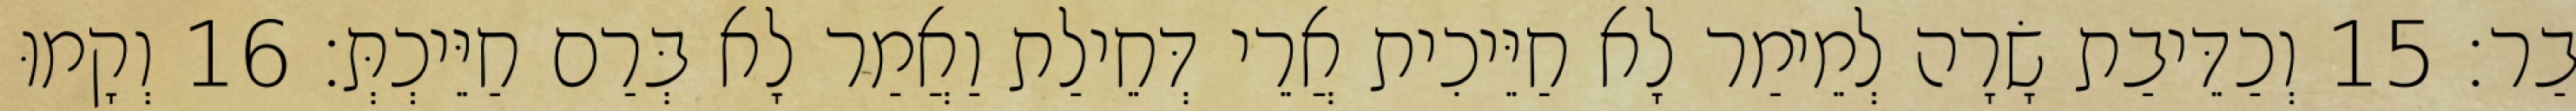
בַר׃ 15 וְכַדֵּיבַת שָׂרָה לְמֵימַר לָא חַיֵּיכִית אֲרֵי דְּחֵילַת וַאֲמַר לָא בְּרַם חַיֵּיכְתְּ׃ 16 וְקָמוּ